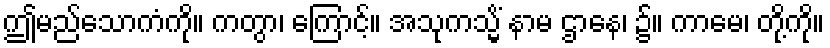
ဤမည်သောကံကို။ ကတွာ၊ ကြောင့်။ အသုကသ္မိံ နာမ ဌာနေ၊ ၌။ ကာမေ၊ တို့ကို။